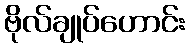
ဗိုလ်ချုပ်ဟောင်း